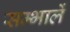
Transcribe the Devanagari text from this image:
सम्भालें